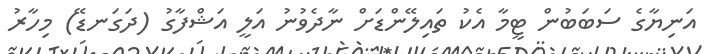
އަނިޔާގެ ސަބަބުން ޓީމާ އެކު ތައިލޭންޑަށް ނާދެވުނު އަލީ އަޝްފާގު (ދަގަނޑޭ) މިހާރު